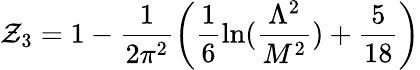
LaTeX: \mathcal{Z}_{3}=1-\frac{{1}}{{2\pi^{2}}}\left(\frac{{1}}{{6}}\ln(\frac{{\Lambda^{2}}}{{M^{2}}})+\frac{{5}}{{18}}\right)